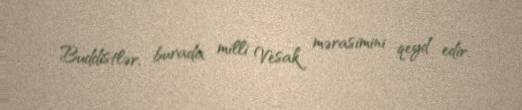
Buddistlər, burada milli Vesak mərasimini qeyd edir.